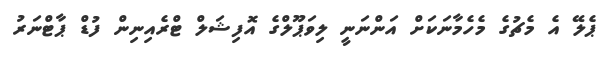
ޕެލޭ އެ މެޗުގެ މެހެމާނަކަށް އަންނަނީ ލިވަޕޫލްގެ އޮފިޝަލް ޓްރެއިނިން ފުޑް ޕާޓްނަރު